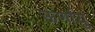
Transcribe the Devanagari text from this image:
ऊर्णायु